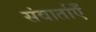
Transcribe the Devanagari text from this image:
संवार्ताएँ